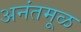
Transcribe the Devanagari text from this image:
अनंतमूळ